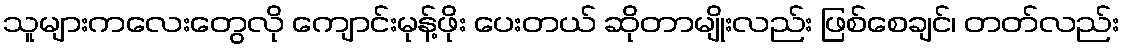
သူများကလေးတွေလို ကျောင်းမုန့်ဖိုး ပေးတယ် ဆိုတာမျိုးလည်း ဖြစ်စေချင်၊ တတ်လည်း